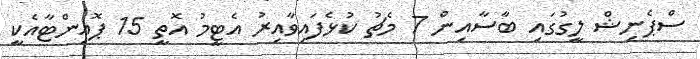
ސްޕެނިޝް ލީގުގައި ބާސާއިން 7 މެޗު ކުޅެފައިވާއިރު އެޓީމު އޮތީ 15 ޕޮއިންޓާއެކީ